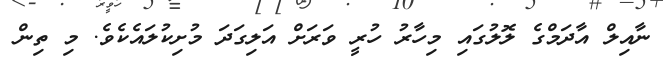
ނާއިލް އާދަމްގެ ލޮލުގައި މިހާރު ހުރީ ވަރަށް އަލިގަދަ މުށިކުލައެކެވެ. މި ތިން